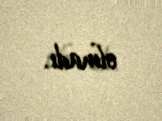
olmadı.